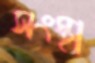
সংস্থা